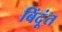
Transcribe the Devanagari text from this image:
बिंदूंत